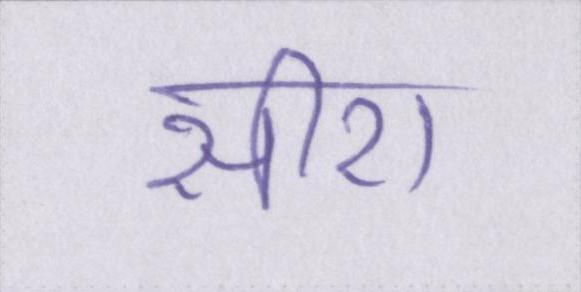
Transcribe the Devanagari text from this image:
सीरा